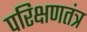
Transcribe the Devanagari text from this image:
परिक्षणतंत्र